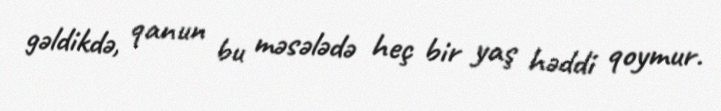
gəldikdə, qanun bu məsələdə heç bir yaş həddi qoymur.